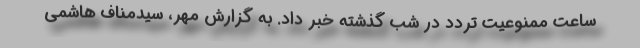
ساعت ممنوعیت تردد در شب گذشته خبر داد. به گزارش مهر، سیدمناف هاشمی